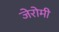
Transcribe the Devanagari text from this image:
जेरोमी